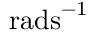
\mathrm { r a d s } ^ { - 1 }